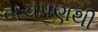
બચપણથી